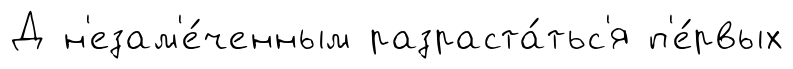
Д н'езам'е́ченным разраста́тьс'я п'е́рвых